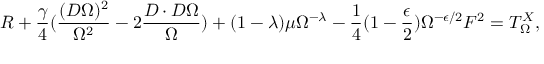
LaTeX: R + \frac { \gamma } { 4 } ( \frac { ( D \Omega ) ^ { 2 } } { \Omega ^ { 2 } } - 2 \frac { D \cdot D \Omega } { \Omega } ) + ( 1 - \lambda ) \mu \Omega ^ { - \lambda } - \frac { 1 } { 4 } ( 1 - \frac { \epsilon } { 2 } ) \Omega ^ { - \epsilon / 2 } F ^ { 2 } = T _ { \Omega } ^ { X } ,